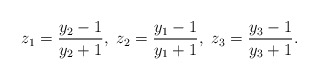
\begin{align*} z_1 = \frac{y_2-1}{y_2+1},\ z_2 = \frac{y_1-1}{y_1+1},\ z_3 = \frac{y_3-1}{y_3+1}. \end{align*}